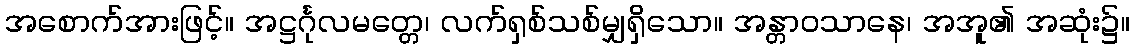
အစောက်အားဖြင့်။ အဋ္ဌင်္ဂုလမတ္တေ၊ လက်ရှစ်သစ်မျှရှိသော။ အန္တာဝသာနေ၊ အအူ၏ အဆုံး၌။